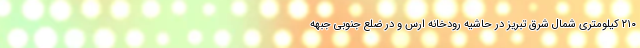
۲۱۰ کیلومتری شمال شرق تبریز در حاشیه رودخانه ارس و در ضلع جنوبی جبهه